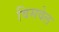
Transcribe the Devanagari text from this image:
विसवेल